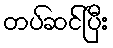
တပ်ဆင်ပြီး